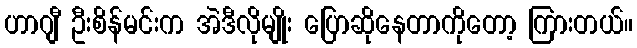
ဟာဂျီ ဦးစိန်မင်းက အဲဒီလိုမျိုး ပြောဆိုနေတာကိုတော့ ကြားတယ်။